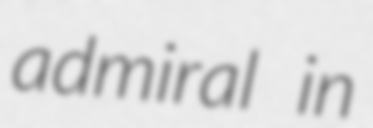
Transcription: admiral in